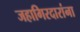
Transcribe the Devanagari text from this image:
जहागिरदारांना